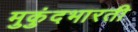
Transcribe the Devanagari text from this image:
मुकुंदभारती